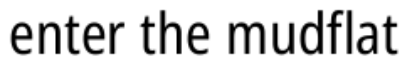
enter the mudflat